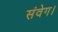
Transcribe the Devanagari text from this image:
संवेग।